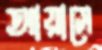
আয়াসে